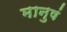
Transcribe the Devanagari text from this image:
मानुषं